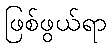
ဖြစ်ဖွယ်ရာ